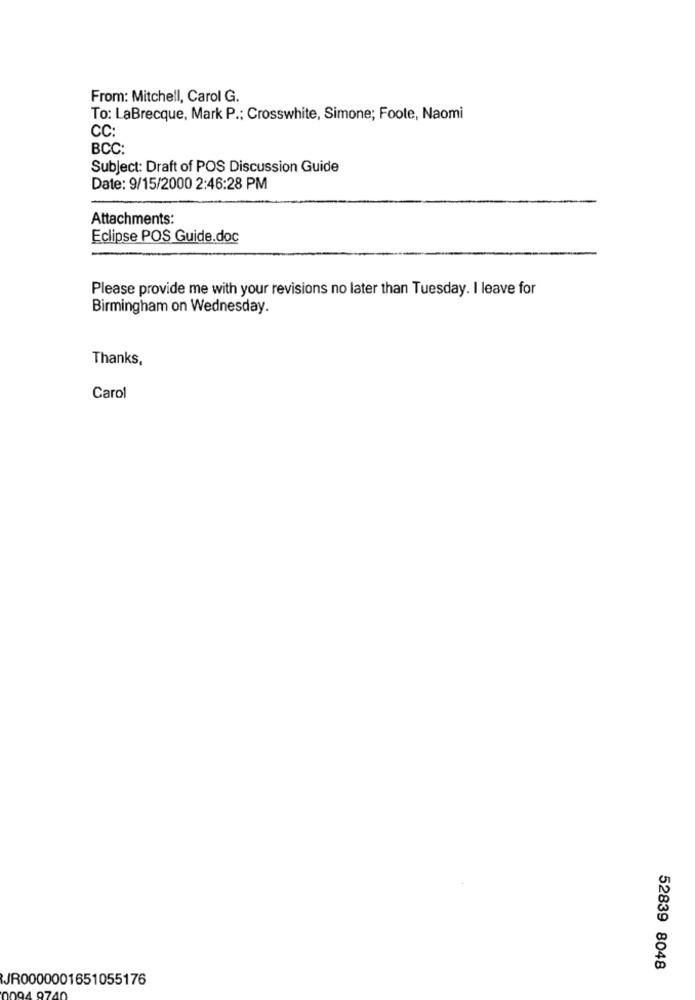
From: Mitchell, Carol G.
To: LaBrecque, Mark P .; Crosswhite, Simone; Foote, Naomi
CC:
BCC:
Subject: Draft of POS Discussion Guide
Date: 9/15/2000 2:46:28 PM
Attachments:
Eclipse POS Guide.doc
Please provide me with your revisions no later than Tuesday. I leave for
Birmingham on Wednesday.
Thanks,
Carol
52839 8048
JR0000001651055176
094 97